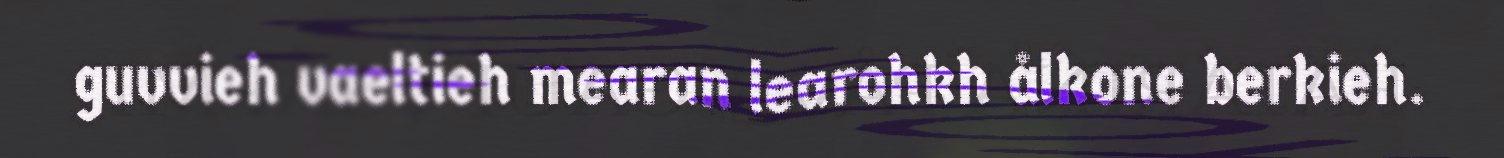
guvvieh vaeltieh mearan learohkh ålkone berkieh.